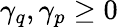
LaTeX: \gamma_{q},\gamma_{p}\geq 0